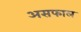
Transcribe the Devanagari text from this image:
असफाल